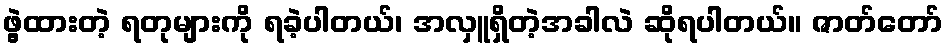
ဖွဲ့ထားတဲ့ ရတုများကို ရခဲ့ပါတယ်၊ အလှူရှိတဲ့အခါလဲ ဆိုရပါတယ်။ ဇာတ်တော်